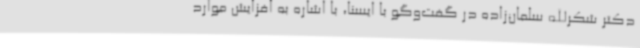
دکتر شکرالله سلمان‌زاده در گفت‌وگو با ایسنا، با اشاره به افزایش موارد